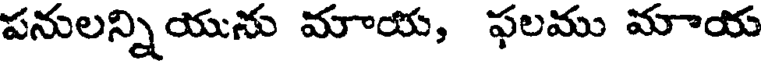
పనులన్నియును మాయ, ఫలము మాయ